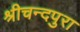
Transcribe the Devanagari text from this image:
श्रीचन्दपुरा